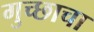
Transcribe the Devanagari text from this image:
गुच्छाचा